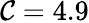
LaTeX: \mathcal{C}=4.9